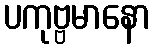
ပကုဗ္ဗမာနော